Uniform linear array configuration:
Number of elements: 8
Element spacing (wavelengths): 0.75
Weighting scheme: exponential
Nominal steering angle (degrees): -15
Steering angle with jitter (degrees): -15.979
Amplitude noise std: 0.05
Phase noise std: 0.05

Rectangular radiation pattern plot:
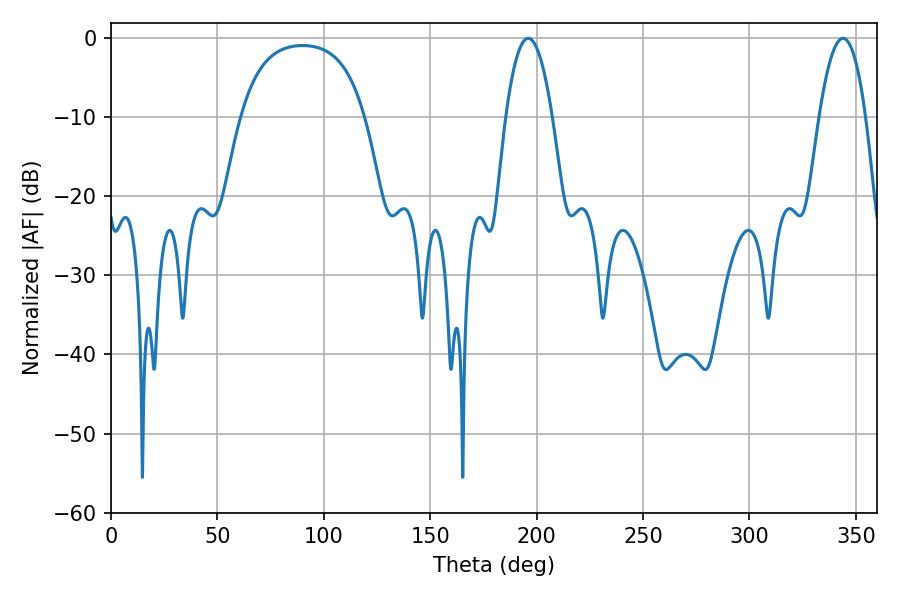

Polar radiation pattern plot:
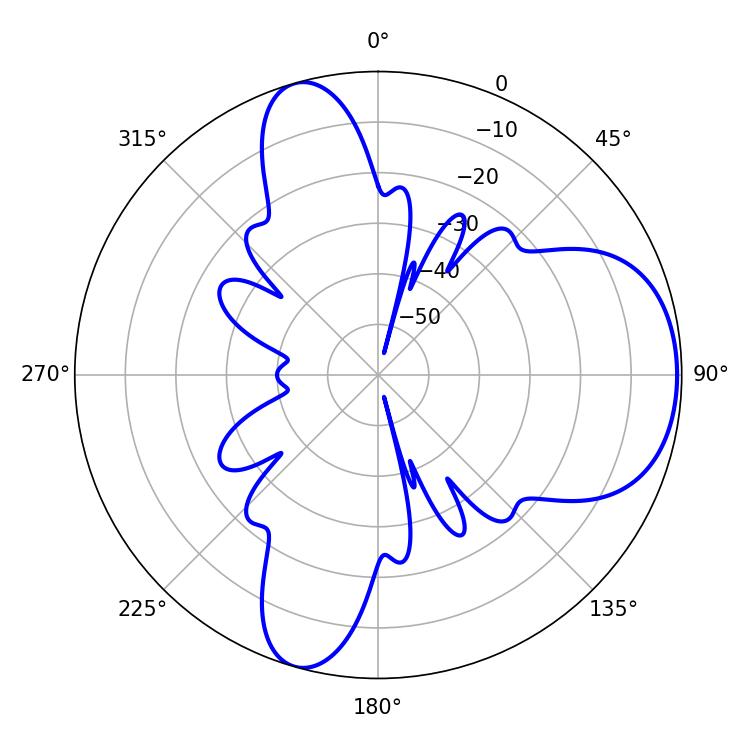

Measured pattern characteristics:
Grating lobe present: TRUE
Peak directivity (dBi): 6.804
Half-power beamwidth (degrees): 12.06
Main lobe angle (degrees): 196.02